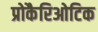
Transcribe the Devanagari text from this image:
प्रोकैरिओटिक